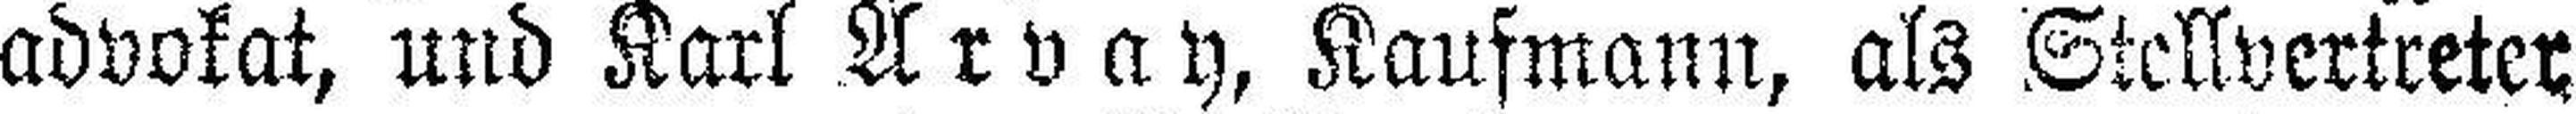
advokat, und Karl Arvay, Kaufmann, als Stellvertreter